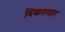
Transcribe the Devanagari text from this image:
दिक्कतदार